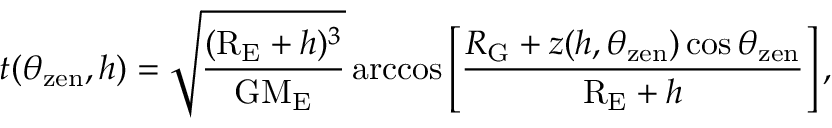
t ( \theta _ { \mathrm { z e n } } , h ) = \sqrt { \frac { ( \mathrm { R _ { E } } + h ) ^ { 3 } } { \mathrm { G } \mathrm { M _ { E } } } } \operatorname { a r c c o s } \left[ \frac { R _ { \mathrm { G } } + z ( h , \theta _ { \mathrm { z e n } } ) \cos \theta _ { \mathrm { z e n } } } { \mathrm { R _ { E } } + h } \right] ,